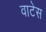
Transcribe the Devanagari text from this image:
वाटेस